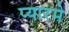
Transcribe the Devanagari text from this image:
प्यारमे